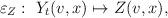
LaTeX: \begin{align*}\varepsilon_{Z}:\ Y_t(v,x) \mapsto Z(v,x),\end{align*}